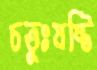
চতুঃষষ্টি